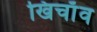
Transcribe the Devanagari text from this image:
खिचाँव